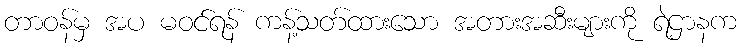
တာဝန်မှ အပ မဝင်ရန် ကန့်သတ်ထားသော အတားအဆီးများကို ရဲဌာနက